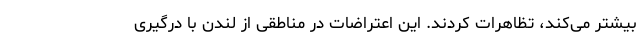
بیشتر می‌کند، تظاهرات کردند. این اعتراضات در مناطقی از لندن با درگیری